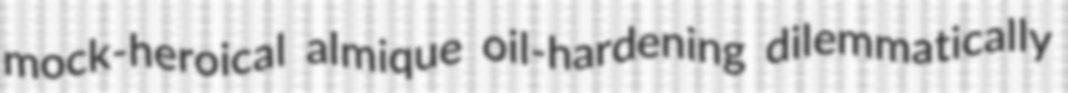
mock-heroical almique oil-hardening dilemmatically